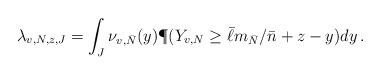
LaTeX: \begin{align*}\lambda_{v, N, z , J} = \int_{J} \nu_{v, \bar N}(y) \P(Y_{v, N}\geq \bar \ell m_{\bar N}/\bar n + z - y) dy\,.\end{align*}